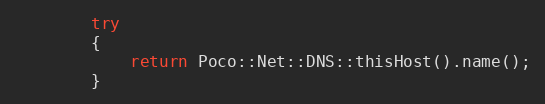
Language: C++
        try
        {
            return Poco::Net::DNS::thisHost().name();
        }